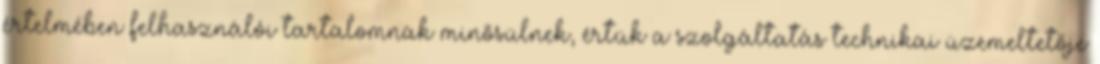
értelmében felhasználói tartalomnak minősülnek, értük a szolgáltatás technikai üzemeltetője